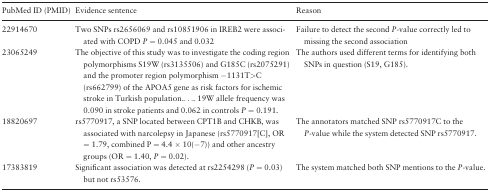
<table><thead><tr><td><b>PubMed ID (PMID)</b></td><td><b>Evidence sentence</b></td><td><b>Reason</b></td></tr></thead><tbody><tr><td>22914670</td><td>Two SNPs rs2656069 and rs10851906 in IREB2 were associated with COPD <i>P</i> = 0.045 and 0.032</td><td>Failure to detect the second <i>P</i>-value correctly led to missing the second association</td></tr><tr><td>23065249</td><td>The objective of this study was to investigate the coding region polymorphisms S19W (rs3135506) and G185C (rs2075291) and the promoter region polymorphism −1131T&gt;C (rs662799) of the APOA5 gene as risk factors for ischemic stroke in Turkish population..... 19W allele frequency was 0.090 in stroke patients and 0.062 in controls <i>P</i> = 0.191.</td><td>The authors used different terms for identifying both SNPs in question (S19, G185).</td></tr><tr><td>18820697</td><td>rs5770917, a SNP located between CPT1B and CHKB, was associated with narcolepsy in Japanese (rs5770917[C], OR = 1.79, combined P = 4.4 × 10(−7)) and other ancestry groups (OR = 1.40, <i>P</i> = 0.02).</td><td>The annotators matched SNP rs5770917C to the <i>P</i>-value while the system detected SNP rs5770917.</td></tr><tr><td>17383819</td><td>Significant association was detected at rs2254298 (<i>P</i> = 0.03) but not rs53576.</td><td>The system matched both SNP mentions to the <i>P</i>-value.</td></tr></tbody></table>